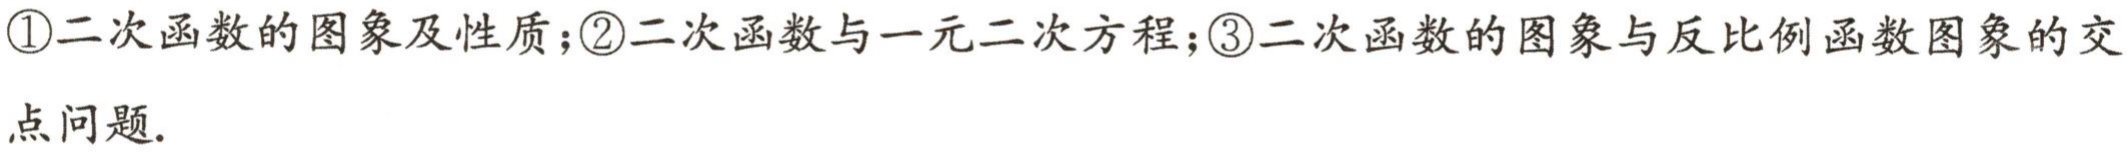
\textcircled{1}二次函数的图象及性质;\textcircled{2}二次函数与一元二次方程;\textcircled{3}二次函数的图象与反比例函数图象的交点问题.